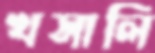
খসালি